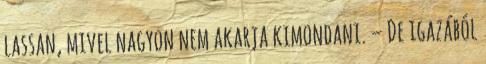
lassan, mivel nagyon nem akarja kimondani. – De igazából